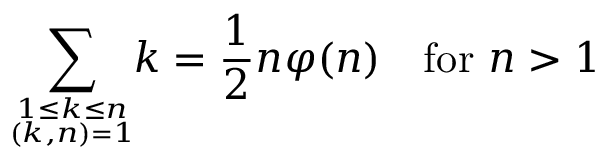
\sum _ { 1 \leq k \leq n \atop ( k , n ) = 1 } \! \! k = { \frac { 1 } { 2 } } n \varphi ( n ) \quad { \mathrm { f o r ~ } } n > 1